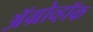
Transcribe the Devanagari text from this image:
ॲग्रोव्हॉक